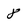
Character: 8